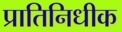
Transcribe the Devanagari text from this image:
प्रातिनिधीक